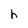
Character: h